Tezpur Lunatic Asylum reports 1877-1894 - 1877-1894
Year: 1877
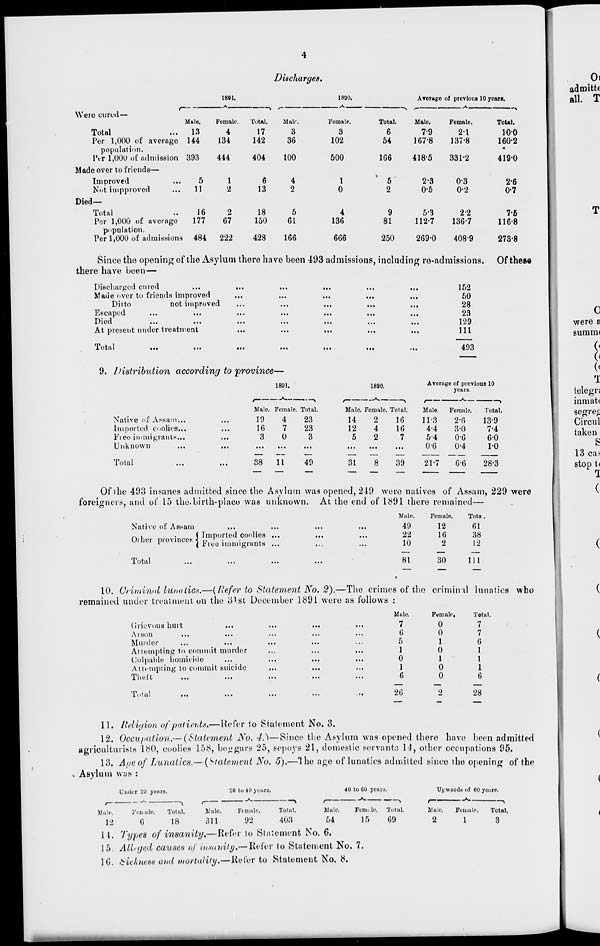
Discharges.
1891.
1890.
Average of previous 10 years.
Were cured—
Male.
Female.
Total.
Male
Female.
Total.
Male.
Female.
Total.
Total
Per 1,000 of average
13
144
4
134
17
142
3
36
3
102
6
54
7-9
167-8
2-1
137-8
100
160-2
population.
l\r 1,000 of admission 393
444
404
100
500
166
418-5
331-2
4190
Made over to friends—
Improved
Not impproved
5
11
1
2
6
13
4
2
1
0
5
2
2-3
0-5
0-3
0-2
2-6
0-7
Died—
Total
Per 1,000 of average
population.
Per 1,000 of admissions
16
177
484
2
67
222
18
150
428
5
61
166
4
136
666
9
81
250
5-3
112-7
269-0
2-2
136-7
408-9
7-5
116-8
273-8
Since the opening of the Asylum there have been 493 admissions, including re-ad missions,
there have been—
Discharged cured
Made over to friends improved
Ditto
not improved
Escaped
Died
...
...
At present under treatment
Total
...
...
152
50
28
23
129
111
493
Of these
9. Distribution according to province—
Native of Assam...
Imported Coolies...
Free immigrants,.,
Unknown
Total
1891.
Male. Female. Total
19
4
23
...
16
7
23
...
3
0
3
...
...
...
...
38
11
49
1890.
\
Total.
16
16
7
Average of previous 10
years.
Male. Female.
14
2
12
4
5
2
Male.
11-3
4-4
5-4
0-6
Female.
2-6
3-0
0-6
0-4
Total,
13-9
7-4
6-0
10
31
39
21-7
6-6
28-3
Of the 493 insanes admitted since the Asylum was opened, 249 were natives of Assam, 229 were
foreigner, and of 15 the.birth-place was unknown. At the end of l£91 there remained—
Native of Assam
...
.
( Imported coolies ,.
Other provinces ■< ., ' •
• ..,„,
1
I tree immigrants ..
Mule.
Female.
Tota .
...
49
12
61
...
...
22
16
38
...
10
2
12
Total
81
30
111
10. Criminal lunatics.—(Refer to Statement No. 2).—The crimes of the criminal lunatics who
remained under treatment on the iJlst December 1891 were as follows :
Grievous hurt
Arson
Murder
Attempting to commit murder
Culpable homicide
Attempting to commit suicide
Theft
lot a I
...
...
Male.
Female,
Total.
7
0
7
I)
0
7
5
1
6
1
0
1
0
1
1
1
0
1
6
0
6
20
28
11. Religion of patients,—Refer to Statement No. 3.
12. Occupation.—(Statement No. 4.)—Since the Asylum was opened there have been admitted
agriculturists 1<S(), coolies 158, beogars 25, sepoys 21, domestic servants 14, other occupations 95.
13. Age of Lunatics.—[Statement No. 5).—The age of lunatics admitted since the opening of the
» Asylum was :
Under 20 years.
'JO to 41) years.
40 to 60 ycaiti.
Upward! Of CO yenri>.
I
"■
\
I
Male.
Female.
Total.
Male.
Female.
12
G
18
311
92
— —%
Total.
403
Male.
Female, Total.
54
Ifl
69
r——
Male,
2
Female,
1
Total.
3
It. Types of insanity.—Refer to Statement No. 6.
15. Alltjed causes of insanity*—Refer to Statement No. 7.
10. kicknew and mortality,—Refer to Statement No. £>.